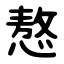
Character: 㥿